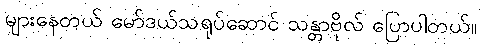
များနေတယ် မော်ဒယ်သရုပ်ဆောင် သန္တာဗိုလ် ပြောပါတယ်။